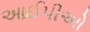
આઈપીઓ